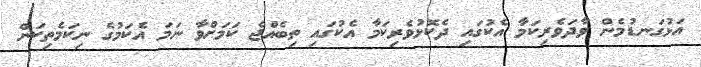
އަޅުގަނޑުމެން ވާދަވެރިކަމާ އެކުގައި ދެކޮޅުވެރިކަމާ އެކުގައި ތިބެއްޖެ ކަަމަށްވާ ނަމަ އެކަމުގެ ނިކަމެތިކަން